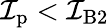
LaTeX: \mathcal{I}_{\mathrm{{p}}}<\mathcal{I}_{\mathrm{{B}}2}